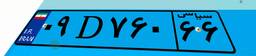
۷۶D۲۱۴۶۲